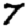
Digit: 7